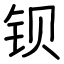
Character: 钡